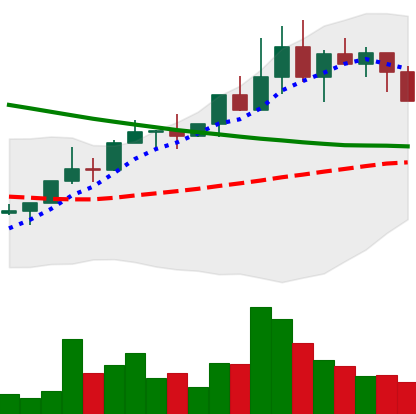
Ticker: NEO-USD
Chart end date: 2022-04-05
Forward return: -15.806%
Label: down_7plus